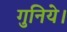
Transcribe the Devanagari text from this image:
गुनिये।